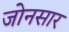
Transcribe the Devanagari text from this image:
जोनसार